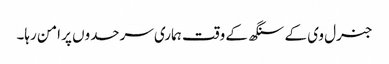
جنرل وی کے سنگھ کے وقت ہماری سرحدوں پر امن رہا۔